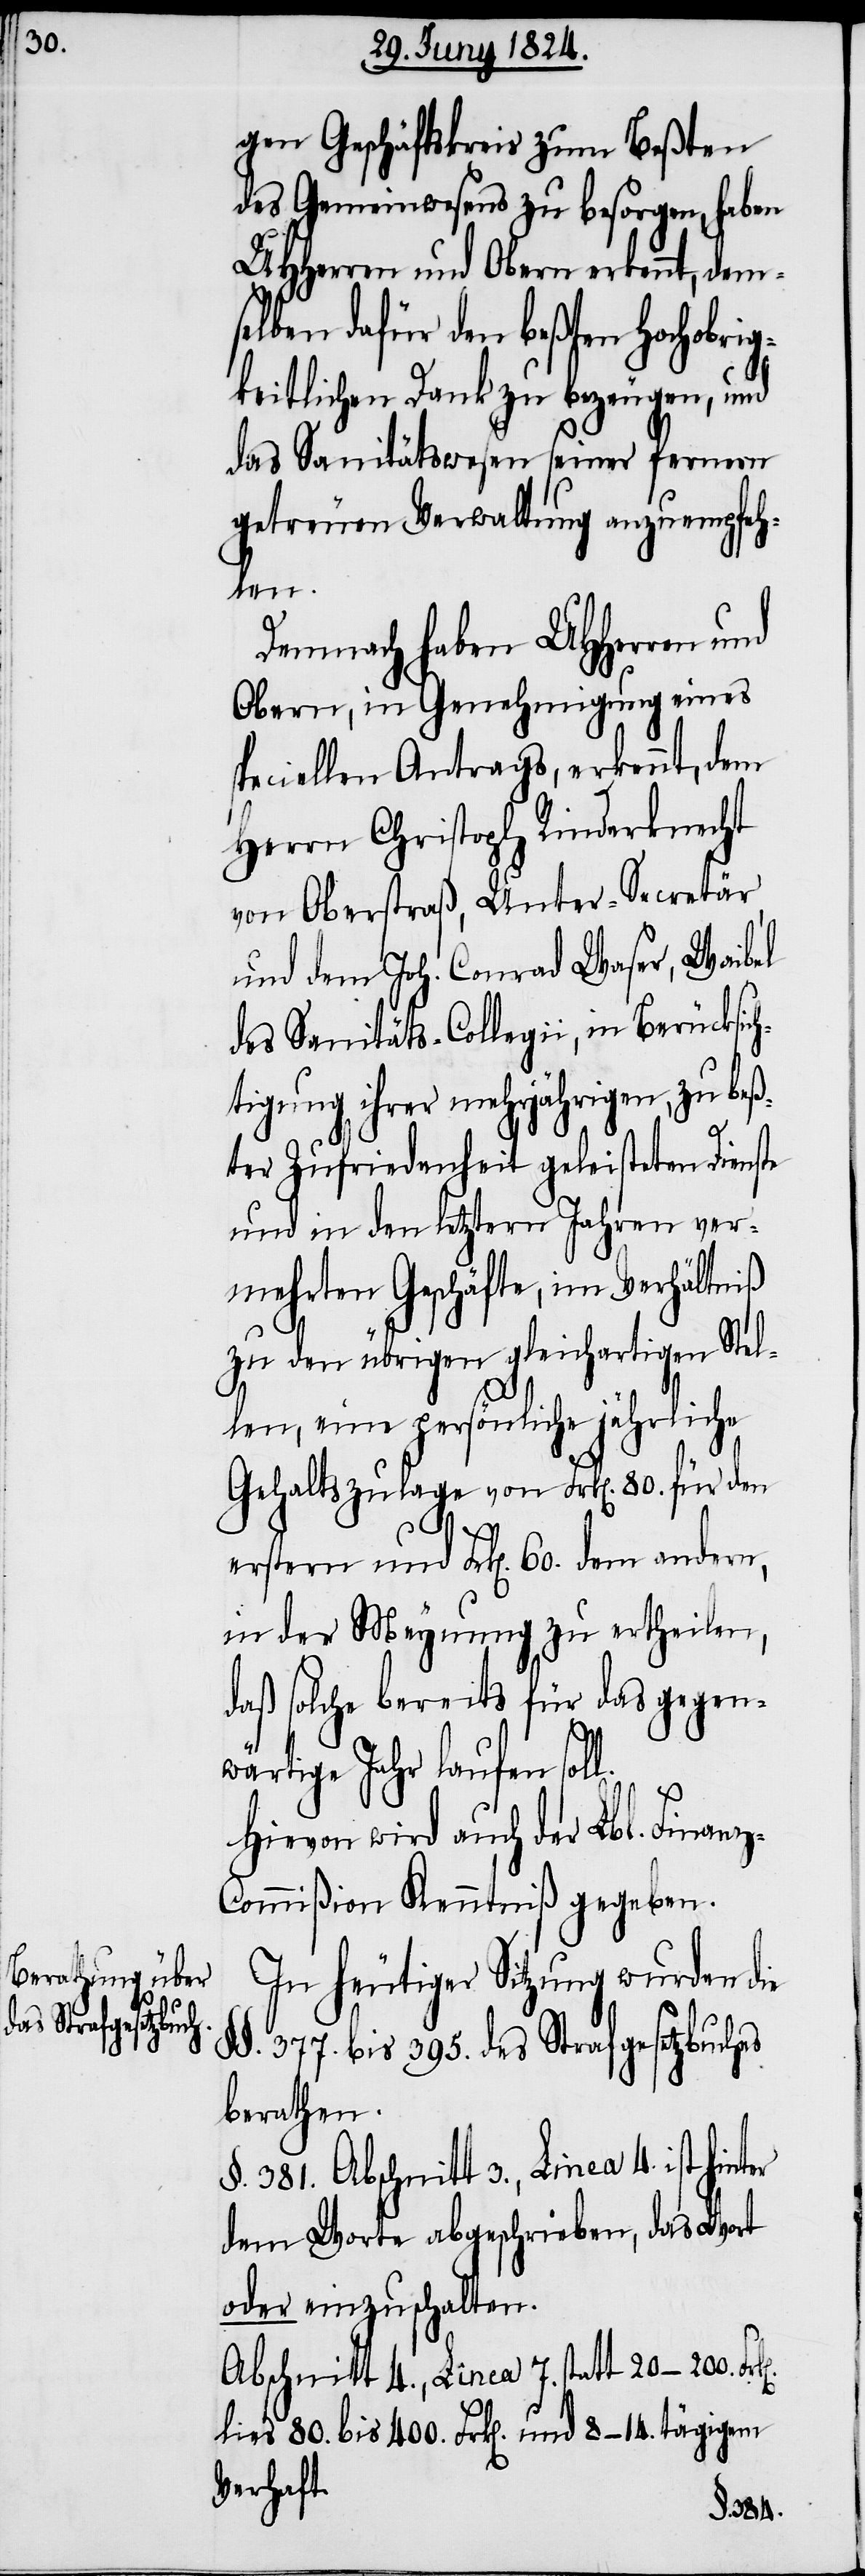
gen Geschäftskreis zum Beßten
des Gemeinwesens zu besorgen, haben
UHHerren und Obern erkennt, dem¬
lben dafür den beßten Hochobri¬
gkeitlichen Dank zu bezeugen, und
das Sanitätswesen seiner fernern
getreuen Verwaltung anzuempfeh¬
len.
Demnach haben UHHerren und
Obern, in Genehmigung eines
speciellen Antrags, erkennt, dem
Herrn Christoph Rinderknecht
von Oberstraß, Unter-Secretär
und dem Joh. Conrad Waser, Waibel
des Sanitäts-Collegii, in Berücksich¬
tigung ihrer mehrjährigen, zu beß¬
ter Zufriedenheit geleisteten Dienste
und in den letztern Jahren ver¬
mehrten Geschäfte, im Verhältniß
zu den übrigen gleichartigen Stel¬
len, eine persönliche jährliche
Gehaltszulage von Frk[en]. 80. für den
erstern und Frk[en]. 60. dem andern,
in der Meynung zu ertheilen,
daß solche bereits für das gegen¬
wärtige Jahr laufen sol¬
Hievon wird auch der Lbl. Finan¬
z-Commißion Kenntniß gegeben.
In heutiger Sitzung wurden die
377. bis 395. des Strafgesetzbuches
l.
berathen.
§. 381. Abschnitt 3., Linea 4. ist
dem Worte abgeschrieben, das Wort
oder einzuschalten.
Abschnitt 4., Linea 7. statt 20–200.
lies 80. bis 400. Frk[en]. und 8–14 tätigem
Verhaft.